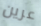
عرين